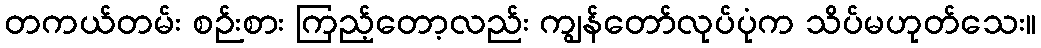
တကယ်တမ်း စဉ်းစား ကြည့်တော့လည်း ကျွန်တော်လုပ်ပုံက သိပ်မဟုတ်သေး။